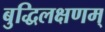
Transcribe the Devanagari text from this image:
बुद्धिलक्षणम्‌